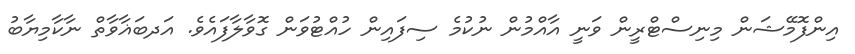
އިންފޮމޭޝަން މިނިސްޓްރީން ވަނީ އާއްމުން ނުކުމެ ސިފައިން ހުއްޓުވަން ގޮވާލާފައެވެ. އަދބަޣާވާތް ނާކާމިޔާބު